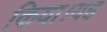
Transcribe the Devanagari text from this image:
किया।यह